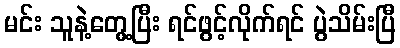
မင်း သူနဲ့တွေ့ပြီး ရင်ဖွင့်လိုက်ရင် ပွဲသိမ်းပြီ